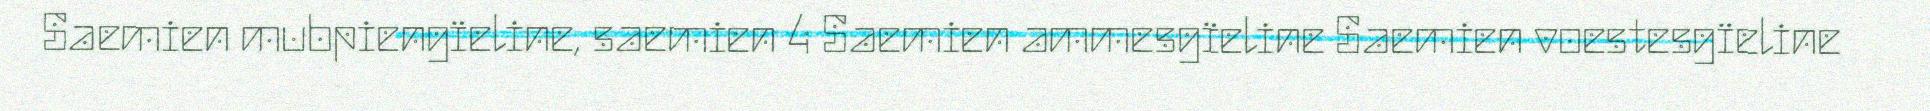
Saemien mubpiengïeline, saemien 4 Saemien ammesgïeline Saemien voestesgïeline